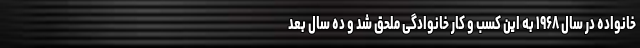
خانواده در سال ۱۹۶۸ به این کسب و کار خانوادگی ملحق شد و ده سال بعد